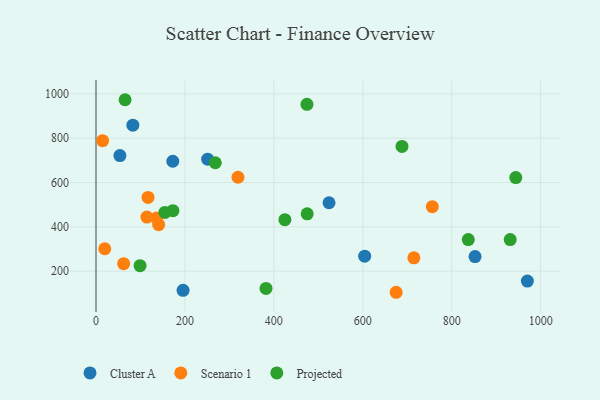
{"axis": {"x": "Investment", "y": "Salary"}, "legend": ["Cluster A", "Projected", "Scenario 1"], "data": [{"x": "524.1", "y": 508.7, "type": "Cluster A"}, {"x": "82.9", "y": 858.6, "type": "Cluster A"}, {"x": "970.1", "y": 155.2, "type": "Cluster A"}, {"x": "53.8", "y": 721.2, "type": "Cluster A"}, {"x": "251.1", "y": 705.3, "type": "Cluster A"}, {"x": "852.4", "y": 265.9, "type": "Cluster A"}, {"x": "195.8", "y": 113.6, "type": "Cluster A"}, {"x": "604.2", "y": 267.6, "type": "Cluster A"}, {"x": "172.7", "y": 695.8, "type": "Cluster A"}, {"x": "62.2", "y": 233.6, "type": "Scenario 1"}, {"x": "117.0", "y": 532.6, "type": "Scenario 1"}, {"x": "140.9", "y": 409.6, "type": "Scenario 1"}, {"x": "675.0", "y": 104.8, "type": "Scenario 1"}, {"x": "319.3", "y": 623.6, "type": "Scenario 1"}, {"x": "114.5", "y": 443.8, "type": "Scenario 1"}, {"x": "756.3", "y": 490.8, "type": "Scenario 1"}, {"x": "14.9", "y": 788.5, "type": "Scenario 1"}, {"x": "714.9", "y": 260.0, "type": "Scenario 1"}, {"x": "19.7", "y": 301.2, "type": "Scenario 1"}, {"x": "136.2", "y": 439.6, "type": "Scenario 1"}, {"x": "837.2", "y": 342.7, "type": "Projected"}, {"x": "424.8", "y": 432.4, "type": "Projected"}, {"x": "99.1", "y": 224.7, "type": "Projected"}, {"x": "173.0", "y": 473.0, "type": "Projected"}, {"x": "474.4", "y": 952.6, "type": "Projected"}, {"x": "268.3", "y": 689.1, "type": "Projected"}, {"x": "65.4", "y": 973.3, "type": "Projected"}, {"x": "474.9", "y": 458.5, "type": "Projected"}, {"x": "155.0", "y": 464.9, "type": "Projected"}, {"x": "688.1", "y": 762.8, "type": "Projected"}, {"x": "382.3", "y": 122.0, "type": "Projected"}, {"x": "944.1", "y": 622.2, "type": "Projected"}, {"x": "931.5", "y": 342.6, "type": "Projected"}]}